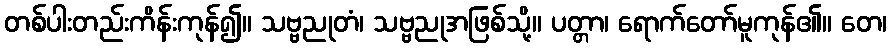
တစ်ပါးတည်းကိန်းကုန်၍။ သဗ္ဗညုတံ၊ သဗ္ဗညုအဖြစ်သို့။ ပတ္တာ၊ ရောက်တော်မူကုန်၏။ တေ၊